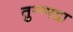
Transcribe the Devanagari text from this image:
तुन्ग्भद्रा